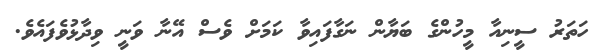
ހަތަރު ސީނިއާ މީހުންގެ ބަޔާން ނަގާފައިވާ ކަމަށް ވެސް އޭނާ ވަނީ ވިދާޅުވެފައެވެ.